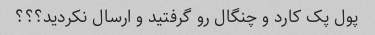
پول پک کارد و چنگال رو گرفتید و ارسال نکردید؟؟؟